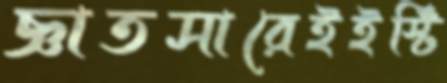
জ্ঞাতসারেইইস্টি